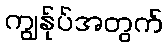
ကျွန်ုပ်အတွက်